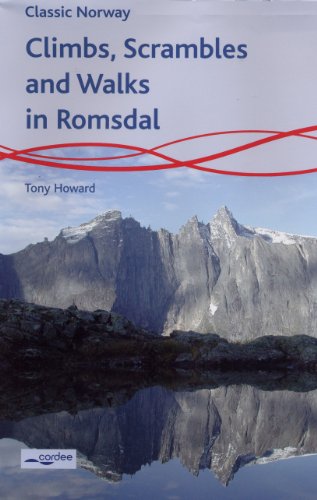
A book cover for Climbs, Scrambles and Walks in Romsdal: Norway; Tony Howard; Travel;